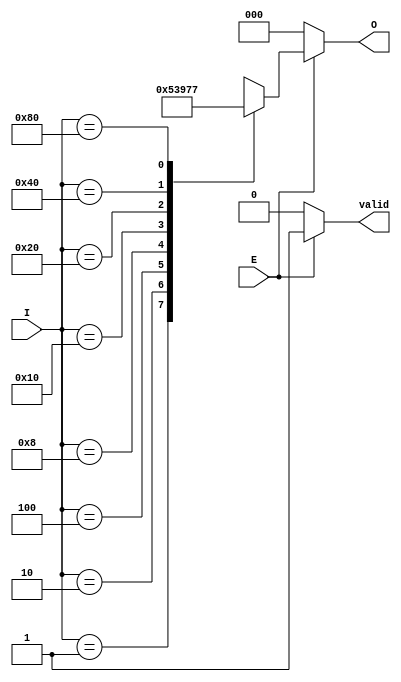
module octal_to_binary_encoder (
    input wire [7:0] I,    // 8 input lines (I0 to I7)
    input wire E,          // Enable signal
    output reg [2:0] O,    // 3-bit output
    output reg valid       // Output valid signal
);

    always @(*) begin
        if (E) begin
            valid = 1'b1; // Output is valid when enabled
            case (I)
                8'b00000001: O = 3'b000; // I0
                8'b00000010: O = 3'b001; // I1
                8'b00000100: O = 3'b010; // I2
                8'b00001000: O = 3'b011; // I3
                8'b00010000: O = 3'b100; // I4
                8'b00100000: O = 3'b101; // I5
                8'b01000000: O = 3'b110; // I6
                8'b10000000: O = 3'b111; // I7
                default: O = 3'bxxx; // Undefined state for multiple high inputs
            endcase
        end else begin
            valid = 1'b0; // Output is invalid when disabled
            O = 3'b000; // Can be set to a predefined state
        end
    end

endmodule